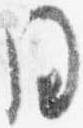
同